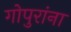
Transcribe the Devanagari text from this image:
गोपुरांना